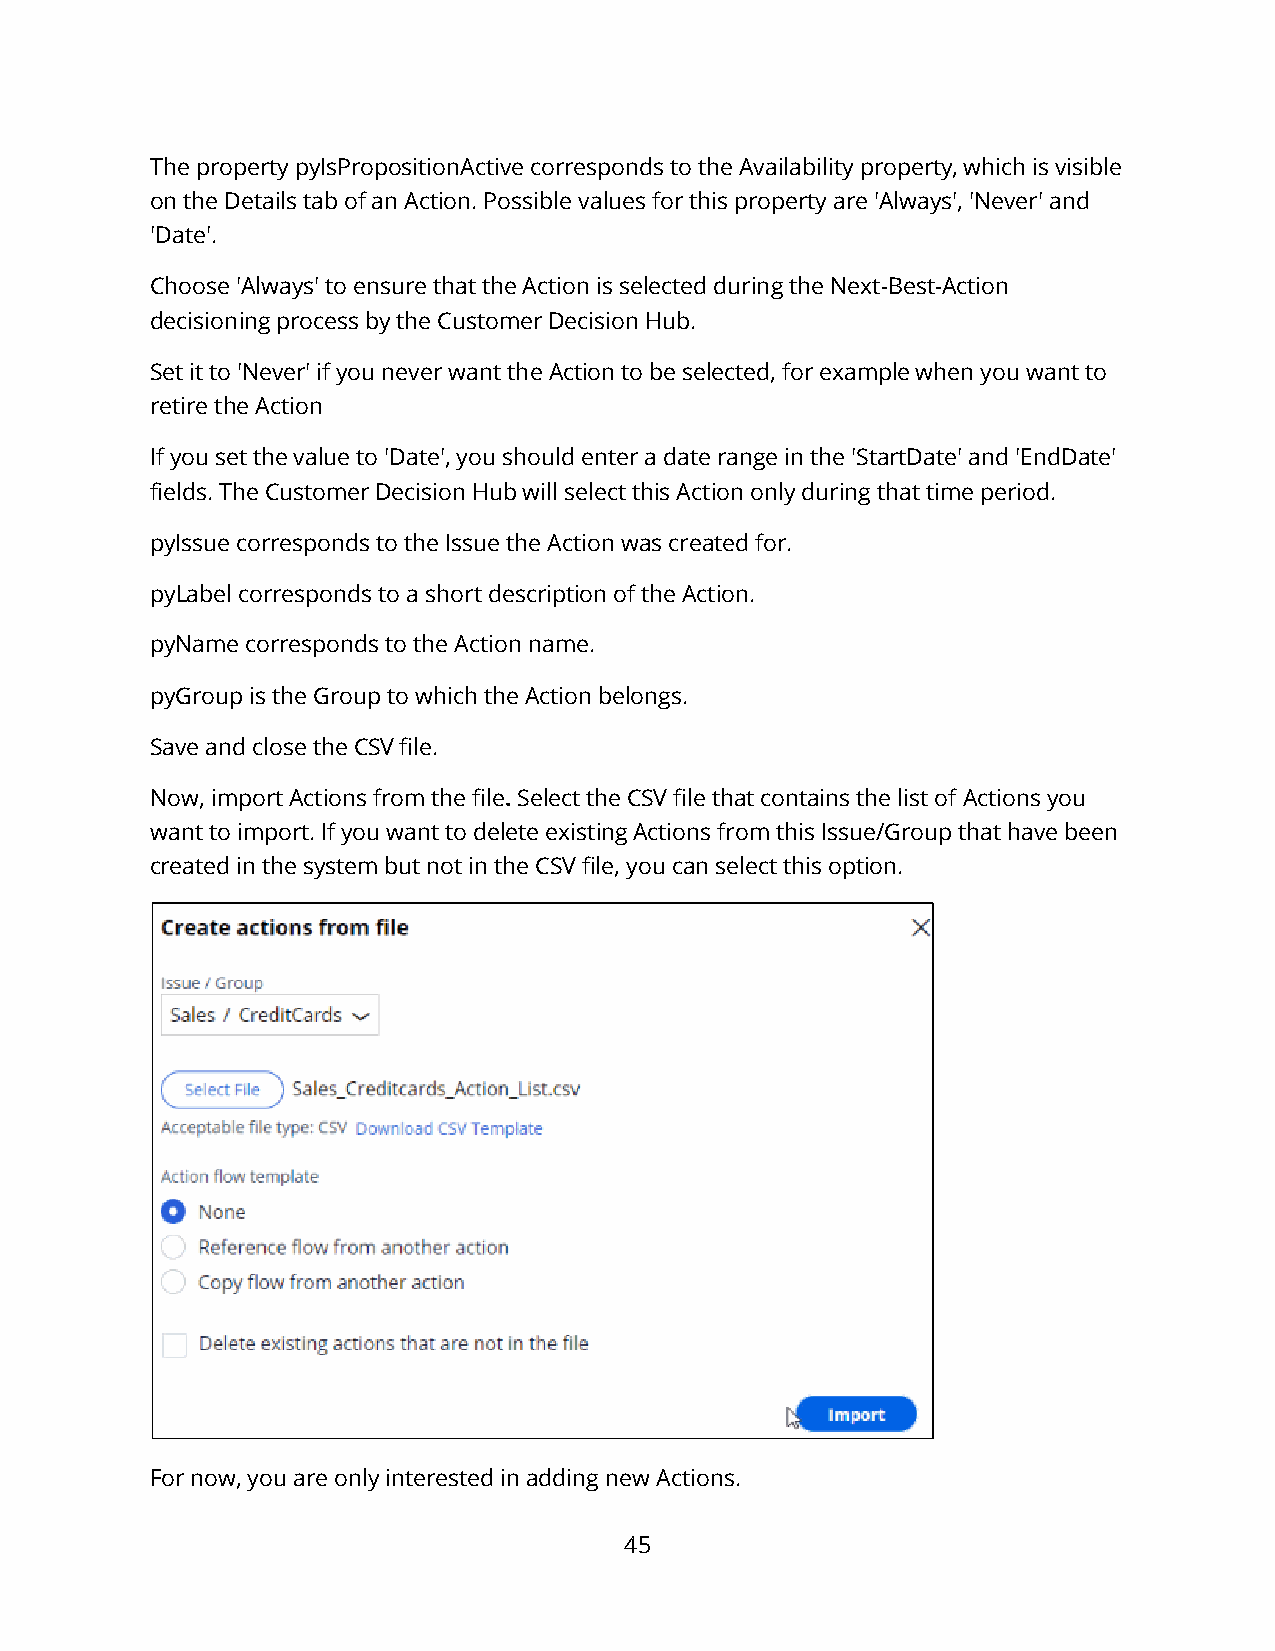
The property pyIsPropositionActive corresponds to the Availability property, which is visible
 on the Details tab of an Action. Possible values for this property are 'Always', 'Never' and
 'Date'.
 Choose 'Always' to ensure that the Action is selected during the Next-Best-Action
 decisioning process by the Customer Decision Hub.
 Set it to 'Never' if you never want the Action to be selected, for example when you want to
 retire the Action
 If you set the value to 'Date', you should enter a date range in the 'StartDate' and 'EndDate'
 fields. The Customer Decision Hub will select this Action only during that time period.
 pyIssue corresponds to the Issue the Action was created for.
 pyLabel corresponds to a short description of the Action.
 pyName corresponds to the Action name.
 pyGroup is the Group to which the Action belongs.
 Save and close the CSV file.
 Now, import Actions from the file. Select the CSV file that contains the list of Actions you
 want to import. If you want to delete existing Actions from this Issue/Group that have been
 created in the system but not in the CSV file, you can select this option.
 For now, you are only interested in adding new Actions.
 45